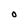
Character: O